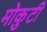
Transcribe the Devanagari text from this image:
मोकुटी